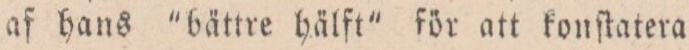
af hans ”bättre hälft” för att konſtatera